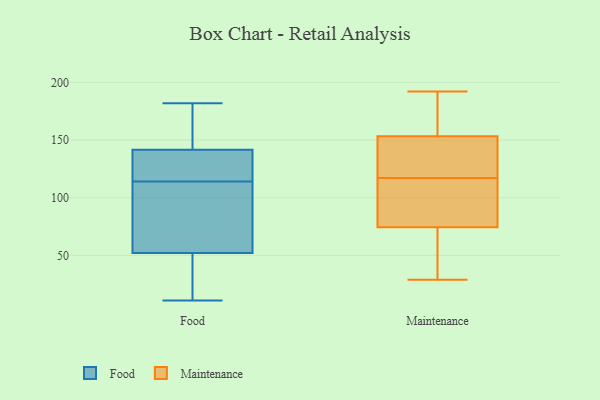
{"axis": {"x": "Production Output", "y": "Value"}, "legend": ["Food", "Maintenance"], "data": [{"x": "", "y": 37, "type": "Food"}, {"x": "", "y": 113, "type": "Food"}, {"x": "", "y": 30, "type": "Food"}, {"x": "", "y": 140, "type": "Food"}, {"x": "", "y": 115, "type": "Food"}, {"x": "", "y": 148, "type": "Food"}, {"x": "", "y": 143, "type": "Food"}, {"x": "", "y": 125, "type": "Food"}, {"x": "", "y": 182, "type": "Food"}, {"x": "", "y": 11, "type": "Food"}, {"x": "", "y": 72, "type": "Food"}, {"x": "", "y": 67, "type": "Food"}, {"x": "", "y": 180, "type": "Maintenance"}, {"x": "", "y": 43, "type": "Maintenance"}, {"x": "", "y": 153, "type": "Maintenance"}, {"x": "", "y": 61, "type": "Maintenance"}, {"x": "", "y": 115, "type": "Maintenance"}, {"x": "", "y": 127, "type": "Maintenance"}, {"x": "", "y": 79, "type": "Maintenance"}, {"x": "", "y": 117, "type": "Maintenance"}, {"x": "", "y": 29, "type": "Maintenance"}, {"x": "", "y": 151, "type": "Maintenance"}, {"x": "", "y": 180, "type": "Maintenance"}, {"x": "", "y": 32, "type": "Maintenance"}, {"x": "", "y": 84, "type": "Maintenance"}, {"x": "", "y": 154, "type": "Maintenance"}, {"x": "", "y": 88, "type": "Maintenance"}, {"x": "", "y": 192, "type": "Maintenance"}, {"x": "", "y": 139, "type": "Maintenance"}]}